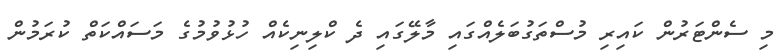
މި ސެންޓަރުން ކައިރި މުސްތަގުބަލެއްގައި މާލޭގައި ދެ ކްލިނިކެއް ހުޅުވުމުގެ މަސައްކަތް ކުރަމުން